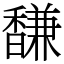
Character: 馦